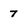
Character: 7